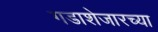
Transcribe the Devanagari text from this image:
गडाशेजारच्या